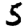
Digit: 5